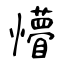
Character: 懵